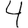
Digit: 4